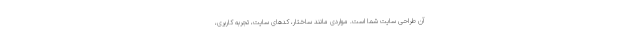
آن طراحی سایت شما است. مواردی مانند ساختار، کدهای سایت، تجربه کاربری،